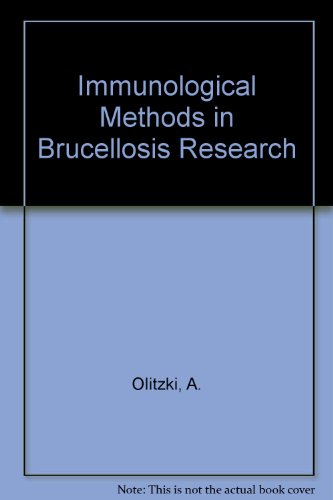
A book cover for Immunological Methods in Brucellosis Research: Part 2: In vivo Procedures (Bibliotheca Microbiologica, No. 9); A. Olitzki; Medical Books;